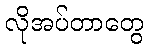
လိုအပ်တာတွေ